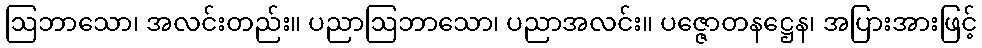
ဩဘာသော၊ အလင်းတည်း။ ပညာဩဘာသော၊ ပညာအလင်း။ ပဇ္ဇောတနဋ္ဌေန၊ အပြားအားဖြင့်